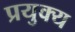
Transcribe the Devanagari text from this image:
प्रयुक्य